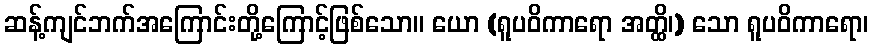
ဆန့်ကျင်ဘက်အကြောင်းတို့ကြောင့်ဖြစ်သော။ ယော (ရူပဝိကာရော အတ္ထိ၊) သော ရူပဝိကာရော၊